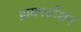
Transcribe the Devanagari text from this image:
हायपरटेंशन